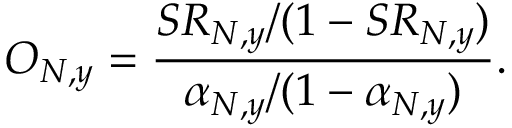
O _ { N , y } = \frac { S R _ { N , y } / ( 1 - S R _ { N , y } ) } { \alpha _ { N , y } / ( 1 - \alpha _ { N , y } ) } .